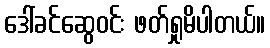
ဒေါ်ခင်ဆွေဝင်း ဖတ်ရှုမိပါတယ်။